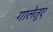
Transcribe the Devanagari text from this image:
गालेतुए